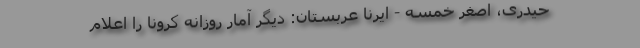
حیدری، اصغر خمسه - ایرنا عربستان: دیگر آمار روزانه کرونا را اعلام